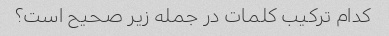
کدام ترکیب کلمات در جمله زیر صحیح است؟